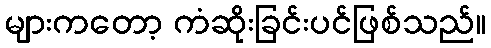
များကတော့ ကံဆိုးခြင်းပင်ဖြစ်သည်။